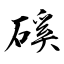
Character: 磎